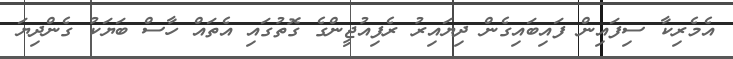
އެމެރިކާ ސިފައިން ފައިބައިގެން ދިޔައިރު ރެފިއުޖީންގެ ގޮތުގައި އެތައް ހާސް ބަޔަކު ގެންދިޔަ